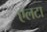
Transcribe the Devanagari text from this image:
एलटा